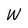
Character: W